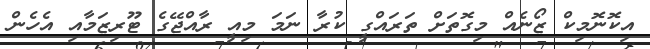
އިކޮނޮމިކް ޒޯނެއް މިގޮތަށް ތަރައްގީ ކުރާ ނަމަ މިއީ ރާއްޖޭގެ ޓޫރިޒަމާއި އެހެން